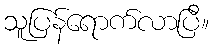
သူပြန်ရောက်လာပြီ။